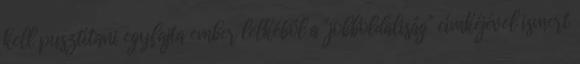
kell pusztítani egyfajta ember lelkéből a "jobboldaliság" címkéjével ismert